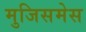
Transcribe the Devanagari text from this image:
मुजिसमेस